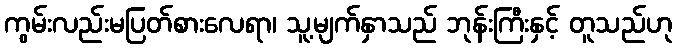
ကွမ်းလည်းမပြတ်စားလေရာ၊ သူ့မျက်နှာသည် ဘုန်းကြီးနှင့် တူသည်ဟု